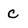
Character: C